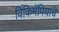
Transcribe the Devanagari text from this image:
विकिमॅपियाचे